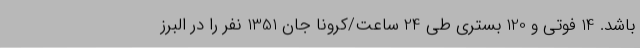
باشد. 14 فوتی و 120 بستری طی 24 ساعت/کرونا جان 1351 نفر را در البرز